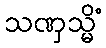
သဏှသ္မိံ